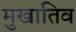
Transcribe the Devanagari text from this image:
मुखातिव